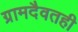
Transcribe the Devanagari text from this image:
ग्रामदैवतही